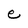
Character: e